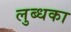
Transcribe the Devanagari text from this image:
लुब्धका